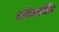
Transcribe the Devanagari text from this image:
संपर्कानेच